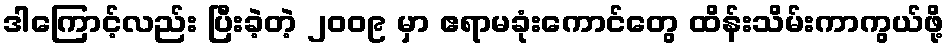
ဒါကြောင့်လည်း ပြီးခဲ့တဲ့ ၂၀၀၉ မှာ ဧရာမခုံးကောင်တွေ ထိန်းသိမ်းကာကွယ်ဖို့